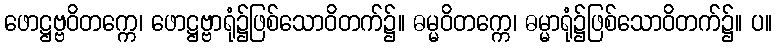
ဖောဋ္ဌဗ္ဗဝိတက္ကေ၊ ဖောဋ္ဌဗ္ဗာရုံ၌ဖြစ်သောဝိတက်၌။ ဓမ္မဝိတက္ကေ၊ ဓမ္မာရုံ၌ဖြစ်သောဝိတက်၌။ ပ။